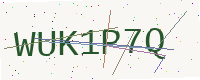
Text: WUK1P7Q